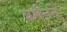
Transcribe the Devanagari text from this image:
बर्मनने